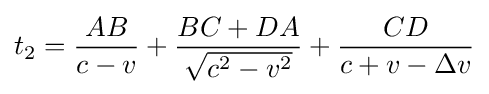
t_{2}={\frac {AB}{c-v}}+{\frac {BC+DA}{\sqrt {c^{2}-v^{2}}}}+{\frac {CD}{c+v-\Delta v}}